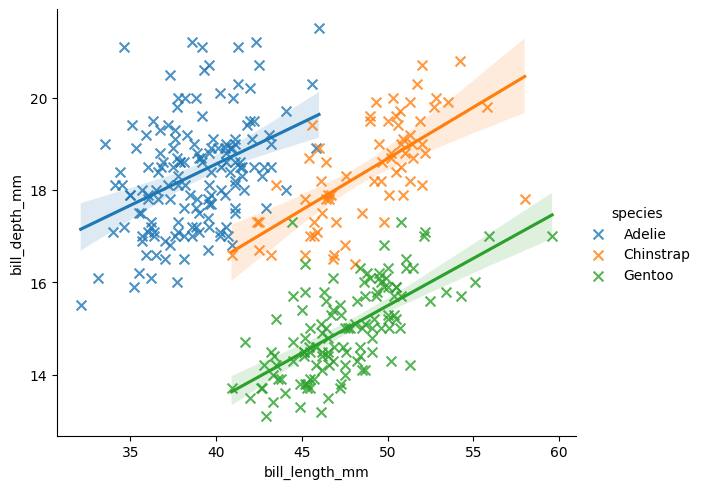
python, seaborn, lmplot, aspect=1.2, order=1, markers='x'